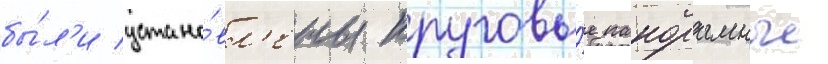
бы́л'и устано́вл'ены круговы́е панорамные